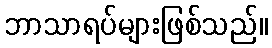
ဘာသာရပ်များဖြစ်သည်။